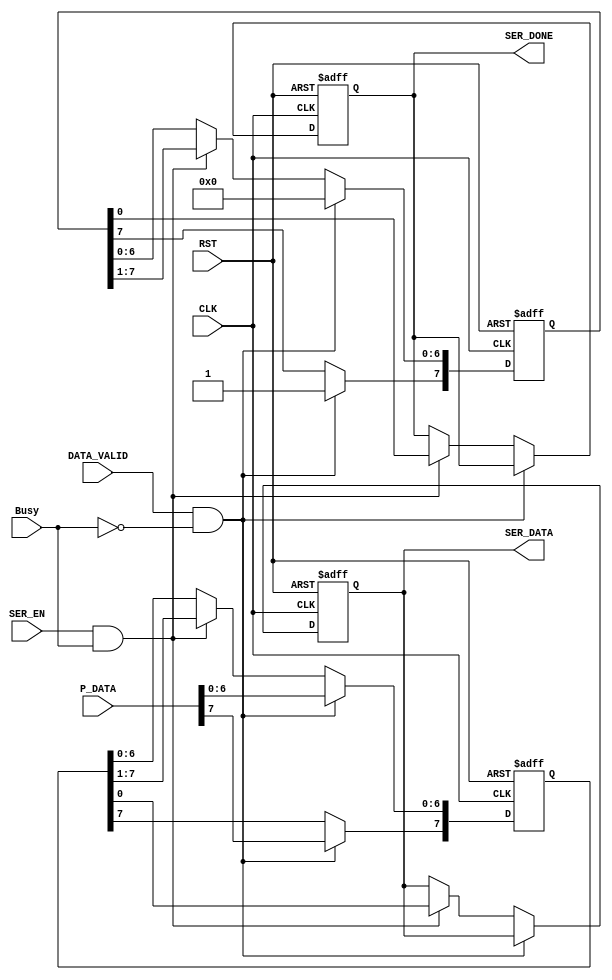
module TX_serializer (
 input  wire [7:0] P_DATA,
 input  wire       DATA_VALID,
 input  wire       Busy,
 input  wire       SER_EN,
 input  wire       CLK,RST,
 output reg        SER_DONE,
 output reg        SER_DATA
 );
 
 reg [7:0] shift_register ;
 reg [7:0] done_register  ;
 localparam done = 8'b1000_0000 ;
 
 always @ (posedge CLK , negedge RST)
  begin
   if(!RST)
    begin
	 SER_DONE <= 0 ;
	 SER_DATA <= 0 ;
	 shift_register <= 0 ;
	 done_register  <= 0 ;
	end
   else if(DATA_VALID && !Busy)
    begin
	 shift_register <= P_DATA ;
	 done_register  <= done   ;
	end
   else if(SER_EN && Busy)
    begin
	 {shift_register[6:0], SER_DATA} <= shift_register;
	 {done_register[6:0], SER_DONE}  <= done_register ;
	end
  end

endmodule